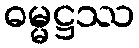
ဓမ္မဋ္ဌဿ